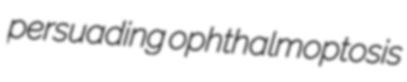
persuading ophthalmoptosis